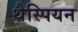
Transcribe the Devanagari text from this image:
थैस्पियन